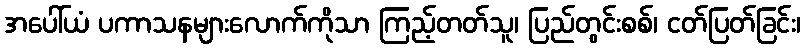
အပေါ်ယံ ပကာသနများလောက်ကိုသာ ကြည့်တတ်သူ၊ ပြည်တွင်းစစ်၊ ငတ်ပြတ်ခြင်း၊